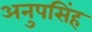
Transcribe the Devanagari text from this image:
अनुपसिंह